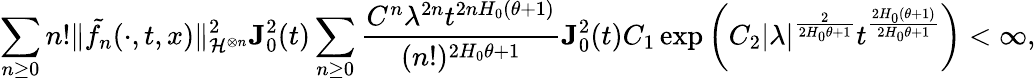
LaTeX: \sum_{n\ge 0}n!\Vert\tilde{f_{n}}(\cdot,t,x)\Vert_{\mathcal{H}^{\otimes n}}^{2}\le J_{0}^{2}(t)\sum_{n\ge 0}\frac{C^{n}\lambda^{2n}t^{2nH_{0}(\theta+1)}}{(n!)^{2H_{0}\theta+1}}\le J_{0}^{2}(t)C_{1}\exp\left(C_{2}|\lambda|^{\frac{2}{2H_{0}\theta+1}}t^{\frac{2H_{0}(\theta+1)}{2H_{0}\theta+1}}\right)<\infty,